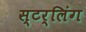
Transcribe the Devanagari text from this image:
स्टर्लिंग